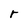
Character: r